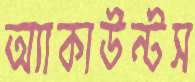
অ্যাকাউন্টস